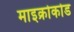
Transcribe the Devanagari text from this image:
माइक्रोकोड